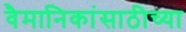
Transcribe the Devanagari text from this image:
वैमानिकांसाठीच्या